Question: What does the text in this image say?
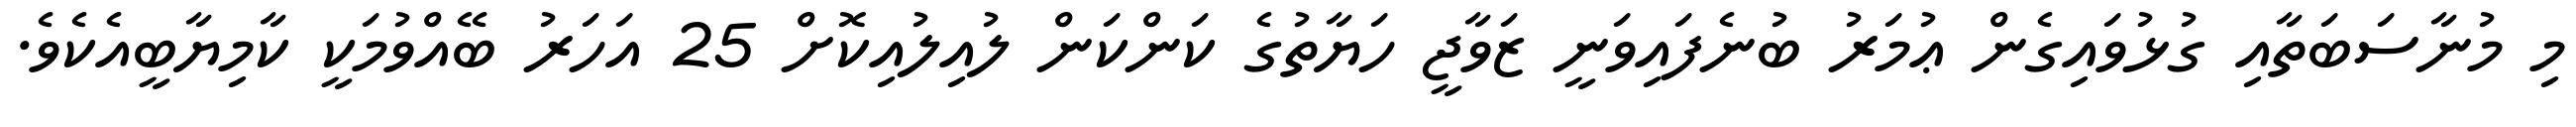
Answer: މި މުނާސަބަތާއި ގުޅުވައިގެން ޢުމަރު ބުނެފައިވަނީ ޒަވާޖީ ހަޔާތުގެ ކަންކަން ލުއިލުއިކޮށް 25 އަހަރު ބޭއްވުމަކީ ކާމިޔާބީއެކެވެ.